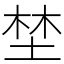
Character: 埜